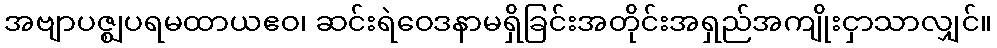
အဗျာပဇ္ဈပရမထာယဧဝ၊ ဆင်းရဲဝေဒနာမရှိခြင်းအတိုင်းအရှည်အကျိုးငှာသာလျှင်။